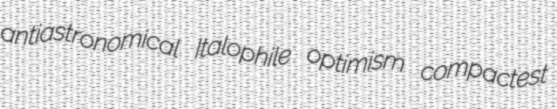
antiastronomical Italophile optimism compactest